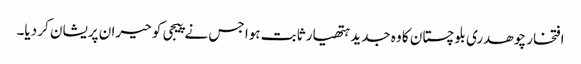
افتخار چوھدری بلوچستان کا وہ جدید ہتھیار ثابت ہوا جس نے پیجی کو حیران پریشان کر دیا۔